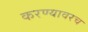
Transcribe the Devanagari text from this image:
करण्यावरच